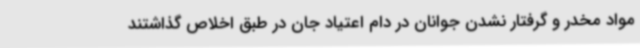
مواد مخدر و گرفتار نشدن جوانان در دام اعتیاد جان در طبق اخلاص گذاشتند